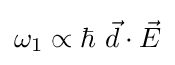
\omega _{1}\propto \hbar \ {\vec {d}}\cdot {\vec {E}}